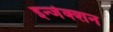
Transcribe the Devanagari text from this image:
इन्‍जेक्‍शन